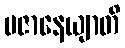
ပဇာနေယျာတိ